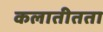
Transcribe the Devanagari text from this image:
कलातीतता